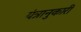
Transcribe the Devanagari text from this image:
यंत्रानुकारी